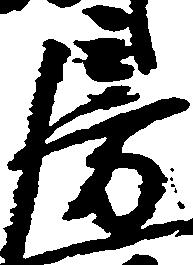
房